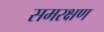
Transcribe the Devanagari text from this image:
समरक्षण